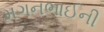
મગનભાઈની